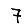
Digit: 7